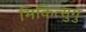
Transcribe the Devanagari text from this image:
मिकित्सुगु